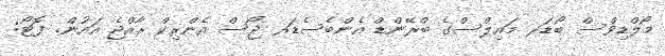
މޯލްޑިވްސް ބޯޑަރ މައިލްސްގެ ބްރޭންޑް އެންބެސެޑަރ ޖޯސް އެންރިކް ރާއްޖެ އައުން. ފޮޓޯ: